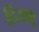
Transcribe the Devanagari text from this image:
हिराफ़ू